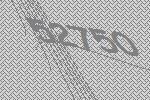
52750